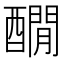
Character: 𨣇